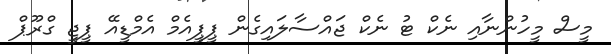
މީސް މީހުންނާއި ނެކް ޓު ނެކް ޖައްސާލައިގެން ޕީޕީއެމް އެމްޑީއޭ ޕީޖީ ގްރޫޕް